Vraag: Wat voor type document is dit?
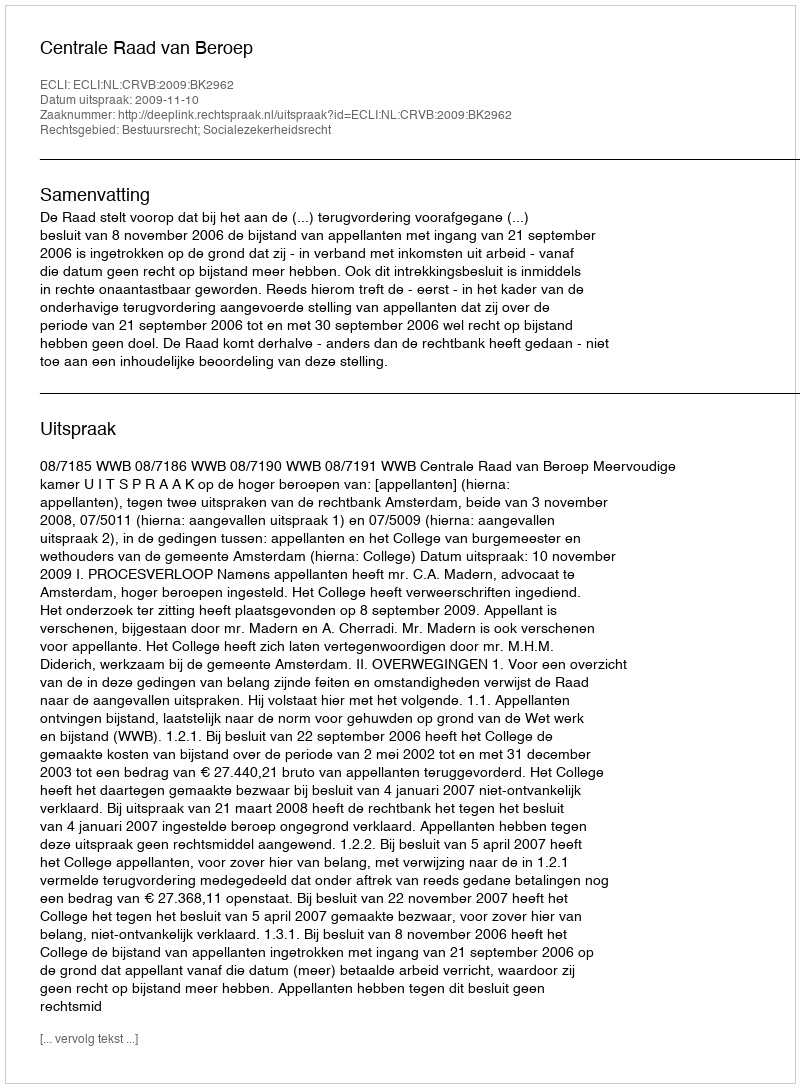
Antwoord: Uitspraak